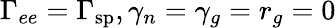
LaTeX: \Gamma_{ee}=\Gamma_{\mathrm{sp}},\gamma_{n}=\gamma_{g}=r_{g}=0